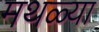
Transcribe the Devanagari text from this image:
मथळ्या